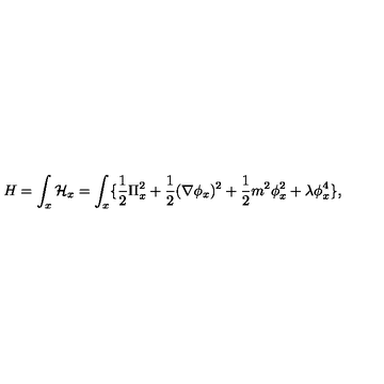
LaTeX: H = \int _ { x } { \cal H } _ { x } = \int _ { x } \{ { \frac { 1 } { 2 } } \Pi _ { x } ^ { 2 } + { \frac { 1 } { 2 } } ( \nabla \phi _ { x } ) ^ { 2 } + { \frac { 1 } { 2 } } m ^ { 2 } \phi _ { x } ^ { 2 } + \lambda \phi _ { x } ^ { 4 } \} ,